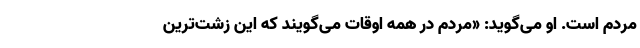
مردم است. او می‌گوید: «مردم در همه اوقات می‌گویند که این زشت‌ترین